Medical and sanitary report of the native army of Bengal for the year
Year: 1878
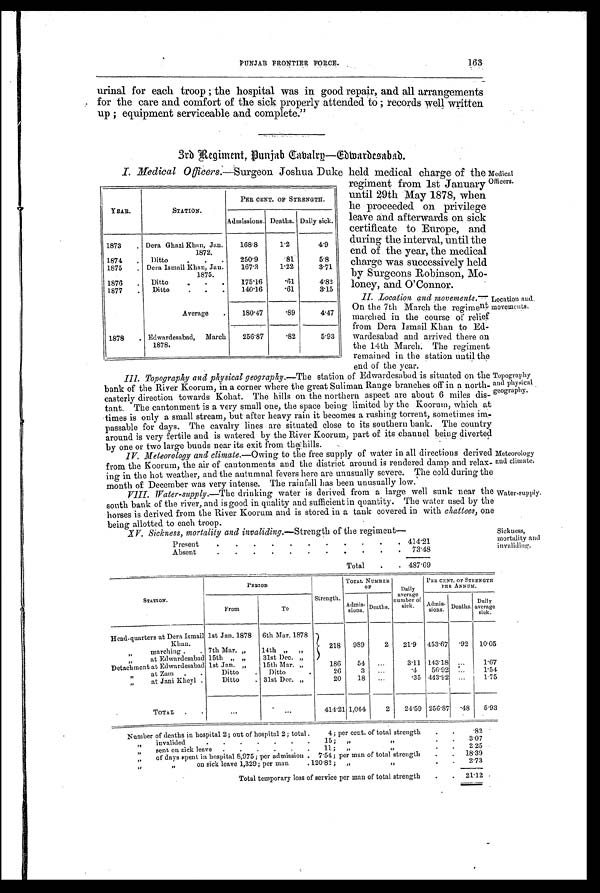
Medical
Officers.
Location and.
movements.
Topography
and physical
geography.
Meteorology
and climate.
Water-supply.
Sickness,
mortality and
invaliding.
PUNJAB FRONTIER. FORCE.
1.63
urinal for each troop ; the hospital was in good repair, and all arrangements
for the care and comfort of the sick properly attended to ; records well written
up ; equipment serviceable and complete."
3rd Regiment, Punjab Cavalry—Edwardesabad.
I. Medical Officers. —Surgeon Joshua Duke held medical charge of the
regiment from 1st January
until 29th May 1878, when
he proceeded on privilege
leave and afterwards on sick
certificate to Europe, and
during the interval, until the
end of the year, the medical
charge was successively held
by Surgeons Robinson, Mo-
loney, and O'Connor.
II. Location and movements.
—On the 7th March the regiment
marched in the course of relief
from Dera Ismail Khan to Ed
wardesabad and arrived there on
the 14th March. The regiment
remained in the station until the
end of the year.
III. Topography and physical geography. —The station of Edwardesabad is situated on the
bank of the River Koorum, in a corner where the great Suliman Range branches off in a north
-easterly direction towards Kohat. The hills on the northern aspect are about 6 miles dis
-tant. The cantonment is a very small one, the space being limited by the Koorum, which at
times is only a small stream, but after heavy rain it becomes a rushing torrent, sometimes
im-passable for days. The cavalry lines are situated close to its southern bank. The country
around is very fertile and is watered by the River Koorum, part of its channel being diverted
by one or two large bunds near its exit from the hills.
IV. Meteorology and climate.— Owing to the free supply of water in all directions derive
d from the Koorum, the air of cantonments and the district around is rendered damp and relax
-ing in the hot weather, and the autumnal fevers here are unusually severe. The cold during the
month of December was very intense. The rainfall has been unusually low.
VIII. Water-supply.—The drinking water is derived from a large well sunk near the
south bank of the river, and is good in quality and sufficient in quantity. The water used by th
horses is derived from the River Koorum and is stored in a tank covered in with chattees, one
being allotted to each troop.
XV. Sickness, mortality and invaliding.—Strength of the regiment—
Present
Absent
.
.
.
.
.
.
.
.
.
.
.
.
.
.
.
.
Total
.
.
.
.
.
.
.
.
414.21
73.48
487.69
YEAR.
STATION.
PER CENT. OF STRENGTH.
Admissions. Deaths. Daily sick.
1873
. Dera Ghazi Khan, Jan.
1872.
168.8
1.2
4.9
1874
.
Ditto
.
.
.
250.9
.81
5.8
1875
. Dera Ismail Khan, Jan.
1875.
167.3
1.22
3.71
1876
.
Ditto
.
. .
175.16
.61
4.82
1877
.
Ditto
.
.
.
140.16
.61
3.15
Average
.
180.47
.89
4.47
1878
. Edwardesabad, March
1 8 7 8 .
256.87
.82
5.93
PERIOD
Strength.
TOTAL NUMBER
O F
Daily
average
number of
sick.
PER CENT. OF STRENGTH
PER ANNUM.
STATION.
From
To
Admis-
sions.
Deaths.
Admis- s i o n s . Deaths.
D a i l y a v e r a g e
sick.
Head quarters at Dera Ismail
K h a n .
1st Jan. 1878
6th Mar. 1878
218
989
2
21.9
453.67
.92 10.05
, , m a r c h i n g
. 7th Mar „
14th ,, „
, , a t E d w a r d e s a b a d 15th „ „
31st Dec. ,,
Detachment at Edwardesabad 1st Jan. ,,
15th Mar. „
186
54
. . .
3.11 143.18 ...
1.67
„
at Zam
.
.
Ditto
.
Ditto
.
26
3
. . .
.4
56.92
. . .
1.54
, , a t J a n i K h e y
l
Ditto
. 31st Dec. „
20
18
...
.35 443.92 ...
1.75
TOTAL .
.
. . .
...
414.21 1,064
2
24.59 256.87 .48
5.93
Number of deaths in hospital 2; out of hospital 2; total
4; per cent. of total strength
.
.
.82
invalided
15;
, ,
, ,
.
3.07
„
sent on sick leave
.
.
.
.
.
1 1 ;
, ,
, ,
.
.
2.25
, ,
of days spent in hospital 8,975; per admission
7.54; per man of total strength
.
.
1 8 . 3 9
, ,
,,
on sick leave 1,329; per man
120.82;
„
, ,
.
.
2.73
Total temporary loss of service per man of total strength
.
. 21.12